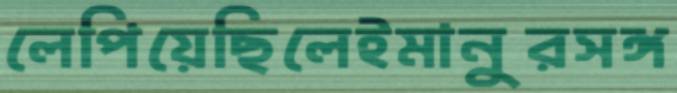
লেপিয়েছিলেইমানুরসঙ্গ